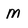
Character: M